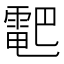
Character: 𱁠